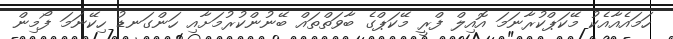
ހަމައެއާއެކު މޭކަޕްކުރާނަމަ އޮއިލް ފްރީ މޭކަޕްގެ ބާވަތްތައް ބޭނުންކުރުމަށާއި ހަންގަނޑު ހިކޭނަމަ ފޯމިން